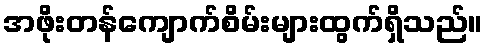
အဖိုးတန်ကျောက်စိမ်းများထွက်ရှိသည်။